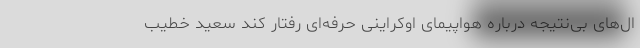
ال‌های بی‌نتیجه درباره هواپیمای اوکراینی حرفه‌ای رفتار کند سعید خطیب